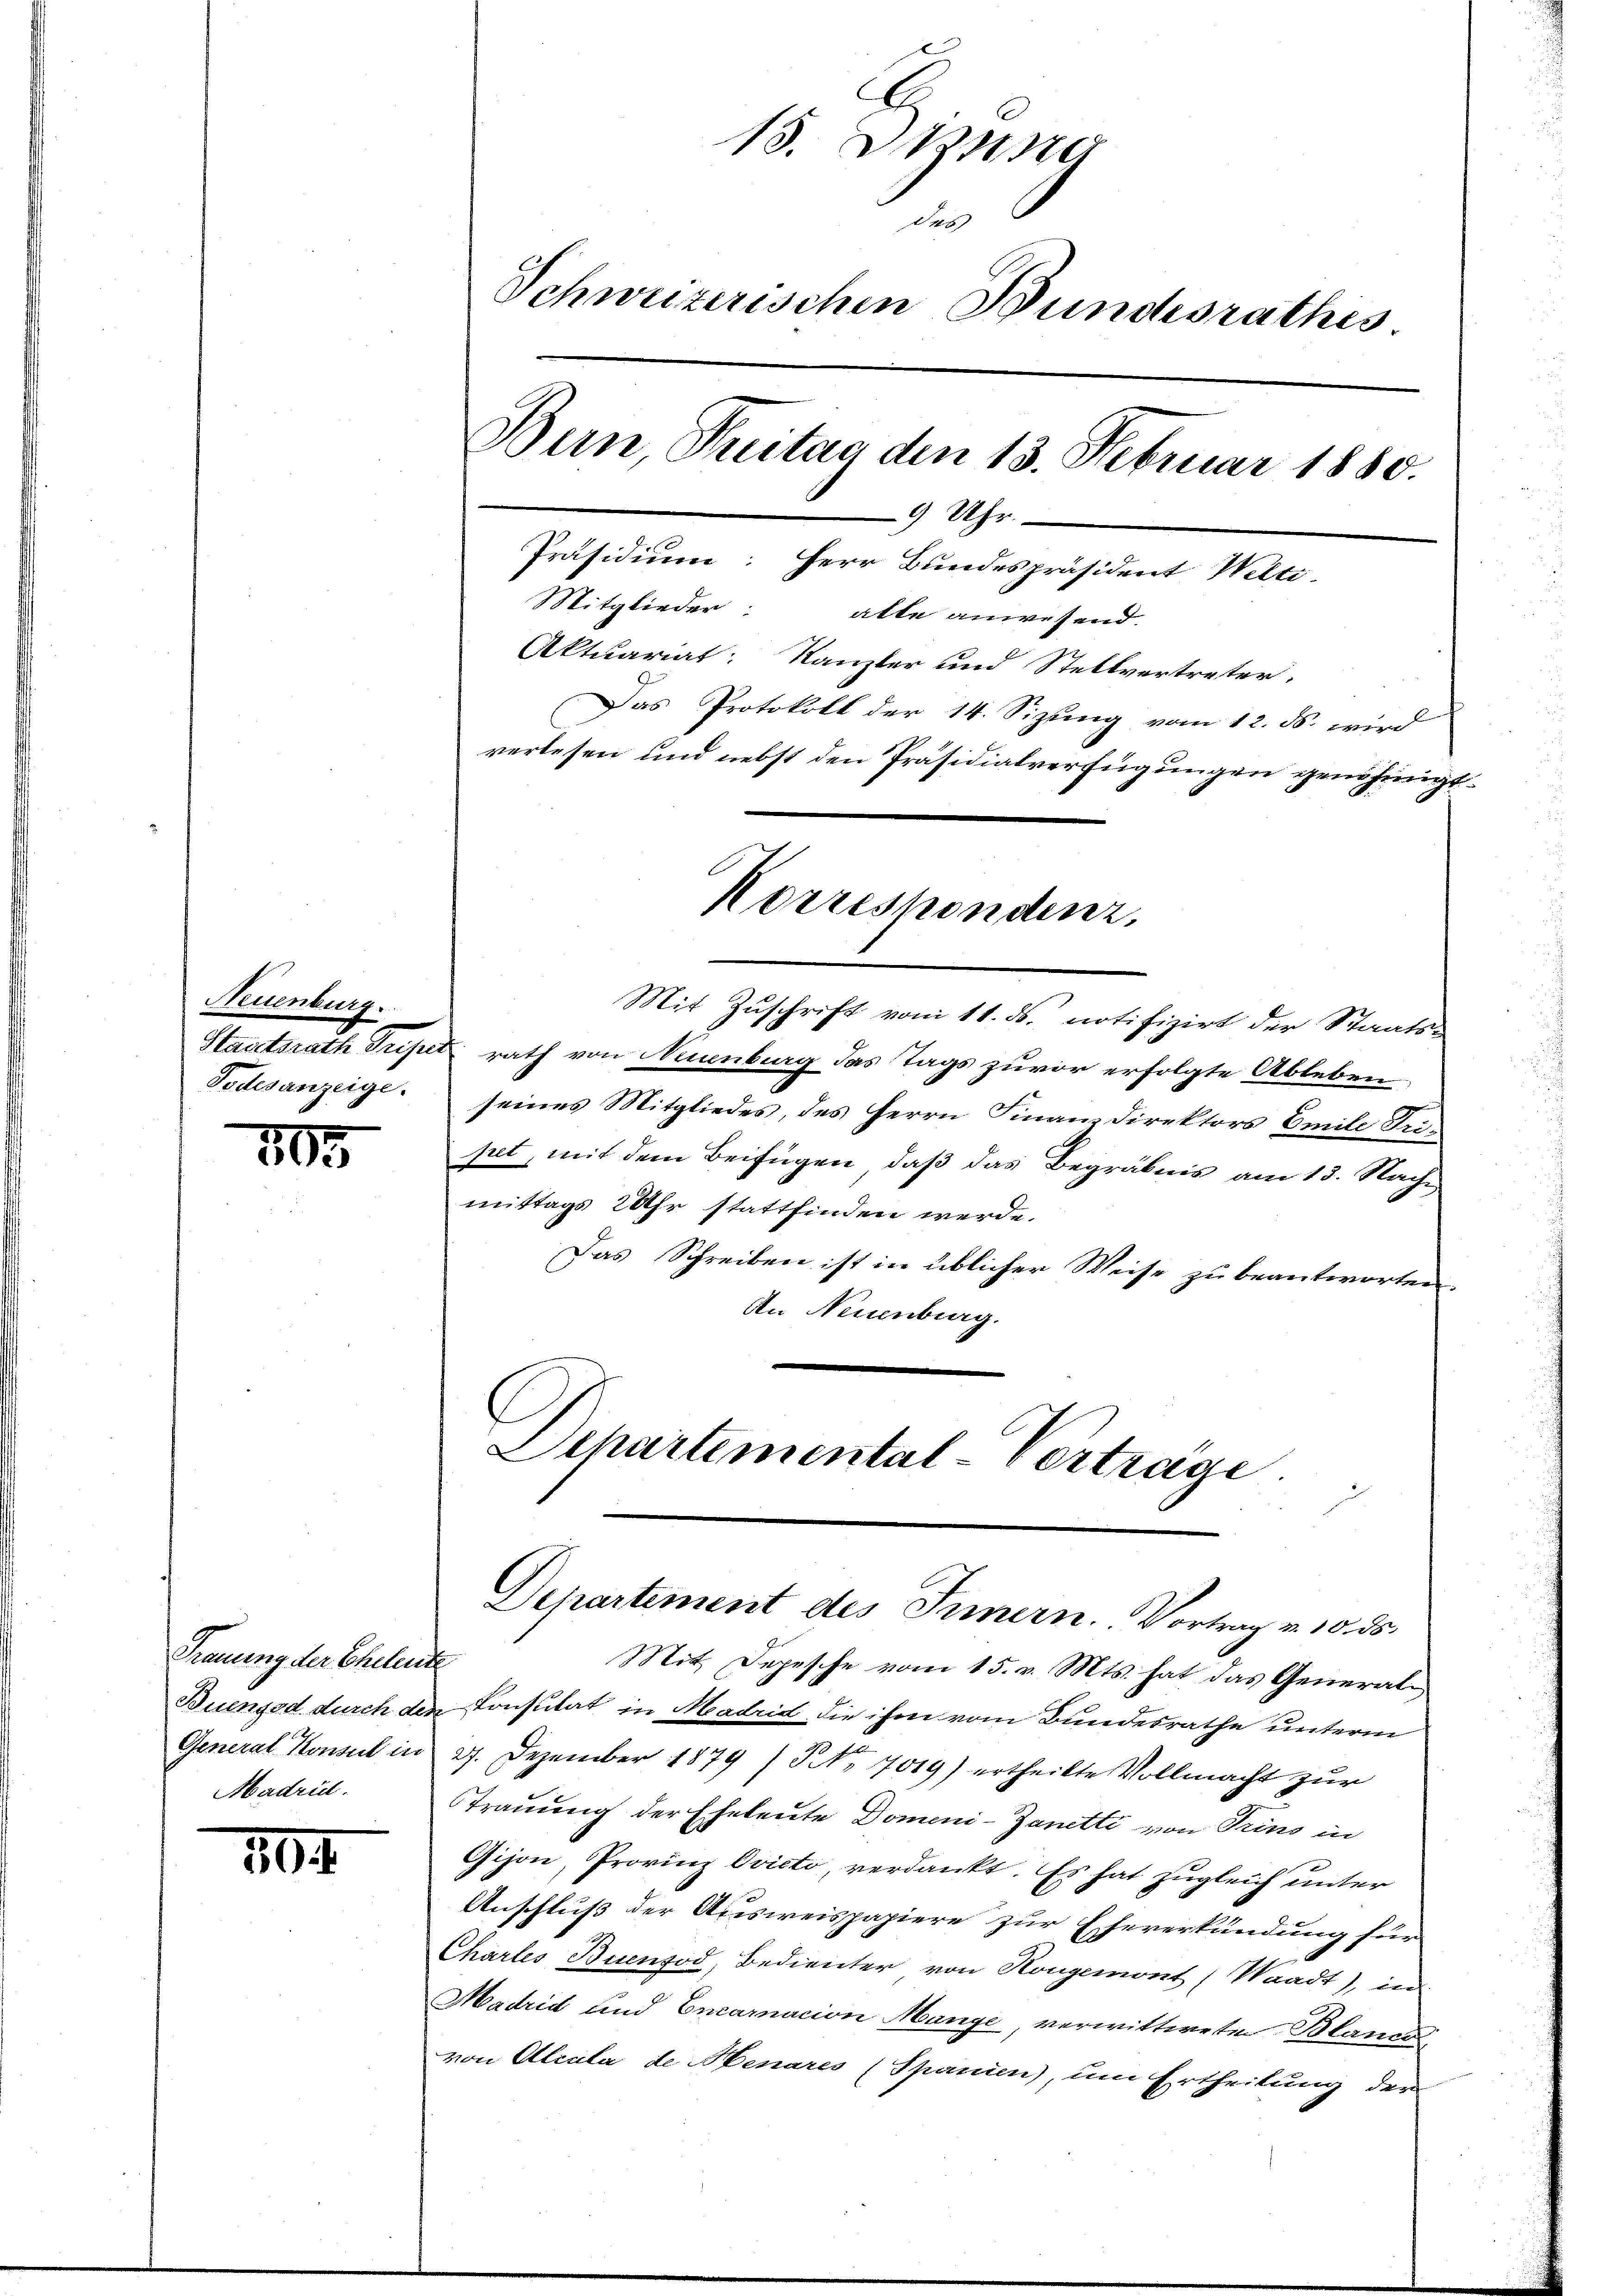
Neuenburg.
Todesanzeige.

505

Trauung der Eheleute
Madril.

104

13. Stun
u
Schweizerischen Bundesrathes
Bun, Preitag den 13. Februar 1880.
9 Uhr.
Präsidium: Herr Bundespräsident Welti
Mitglieder: alle anwesend.
Aktuariat: Kanzler und Stellvertreter:
Das Protokoll der 14. Sizung vom 12. ds. wird
verlesen und nebst den Präsidialverfügungen genehmigt.

Korrespondenz.

Mit Zuschrift vom 11. ds. notifizirt der Staats¬
Staatsrath Tripet rath von Neuenburg das Tags zuvor erfolgte Ableben
seines Mitgliedes, des Herrn Finanzdirektors Emil Tripet, mit dem Beifügen, daß das Begräbnis am 13. Nach
mittags 2 Uhr stattfinden werde.
Das Schreiben ist in üblicher Weise zu beantworten.
An Neuenburg.
C
Departemental-Verträge

Departement des Innern. Vortrag v. 10. ds.

Mit Depesche vom 15. v. Mts. hat das General¬
Buengod durch den Consulat in Madrid die ihm vom Bundesrathe unterm
General Konsul in 27. Dezember 1879 / NNo. 7019) ertheilte Vollmacht zŭr
Trauung der Eheleute Domeni-Zanetti von Trins in
Gijon, Provinz Ovicto, verdankt. Es hat zugleich unter
Anschluß der Ausweispapiere zur Eheverkündung für
Chartes Buenod, Bedienter von Hongemont (Waadt), in
Madrid und Encaracion Mange, verwittweten Blaner
von Alcala de Menares (Spanien), um Ertheilung der